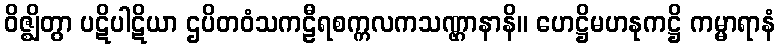
ဝိဇ္ဈိတွာ ပဋိပါဋိယာ ဌပိတဝံသကဠီရစက္ကလကသဏ္ဌာနာနိ။ ဟေဋ္ဌိမဟနုကဋ္ဌိ ကမ္မာရာနံ